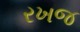
રખજ